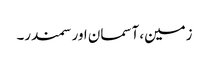
زمین، آسمان اور سمندر۔